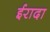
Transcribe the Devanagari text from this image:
ईरादा